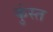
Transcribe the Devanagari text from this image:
कुंस्त